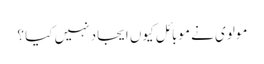
مولوی نے موبائل کیوں ایجاد نہیں کیا ؟